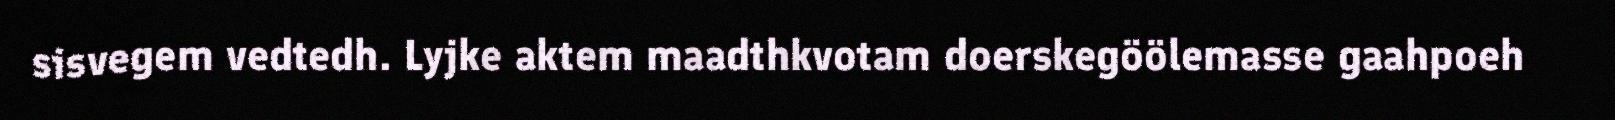
sisvegem vedtedh. Lyjke aktem maadthkvotam doerskegöölemasse gaahpoeh